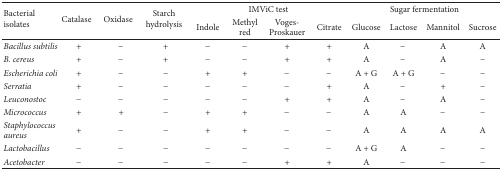
| <ROWSPAN=2> Bacterial isolates | <ROWSPAN=2> Catalase | <ROWSPAN=2> Oxidase | <ROWSPAN=2> Starch hydrolysis | <COLSPAN=4> IMViC test | <COLSPAN=4> Sugar fermentation |
 | Indole | Methyl red | Voges-Proskauer | Citrate | Glucose | Lactose | Mannitol | Sucrose |
 | --- | --- | --- | --- | --- | --- | --- | --- | --- | --- | --- | --- |
 | Bacillus subtilis | + | − | + | − | − | + | + | A | − | A | A |
 | B. cereus | + | − | + | − | − | + | + | A | − | A | − |
 | Escherichia coli | + | − | − | + | + | − | − | A + G | A + G | − | − |
 | Serratia | + | − | − | − | − | − | + | A | − | + | − |
 | Leuconostoc | − | − | − | − | − | + | + | A | − | A | − |
 | Micrococcus | + | + | − | + | + | − | − | A | A | − | − |
 | Staphylococcus aureus | + | − | − | + | + | − | − | A | A | A | A |
 | Lactobacillus | − | − | − | − | − | − | − | A + G | A | − | − |
 | Acetobacter | − | − | − | − | − | + | + | A | − | − | − |